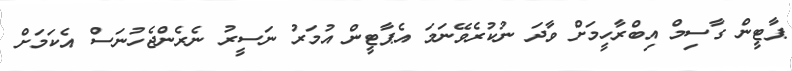
ޕާޓީން ގާސިމް އިބްރާހީމަށް ވާދަ ނުކުރެވޭނަމަ އެޕާޓީން އުމަރު ނަސީރު ނެރެންޖެހުނަސް އެކަމަށް